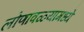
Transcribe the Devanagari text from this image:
लोणावळ्यामध्ये